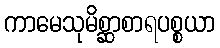
ကာမေသုမိစ္ဆာစာရပစ္စယာ